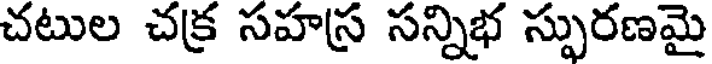
చటుల చక్ర సహస్ర సన్నిభ స్ఫురణమై